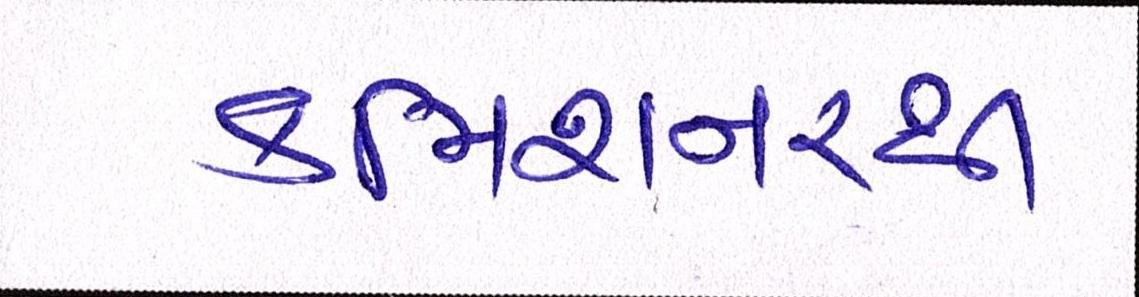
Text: કમિશનરથી